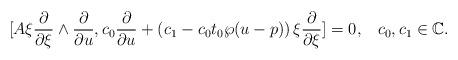
LaTeX: \begin{align*}[A\xi\frac{\partial}{\partial \xi}\wedge \frac{\partial}{\partial u},c_0\frac{\partial}{\partial u}+\left(c_1-c_0t_0\wp(u-p)\right)\xi\frac{\partial}{\partial \xi}]=0,\,\,\,\,\,c_0,c_1\in \mathbb{C}.\end{align*}